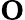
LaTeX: \mathbf O